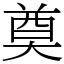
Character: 奠